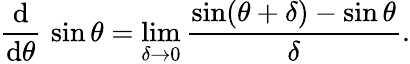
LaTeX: {\frac{\operatorname{d}}{\operatorname{d}\! \theta}}\, \sin\theta=\operatorname*{lim}_{\delta\to 0}{\frac{\sin(\theta+\delta)-\sin\theta}{\delta}}.